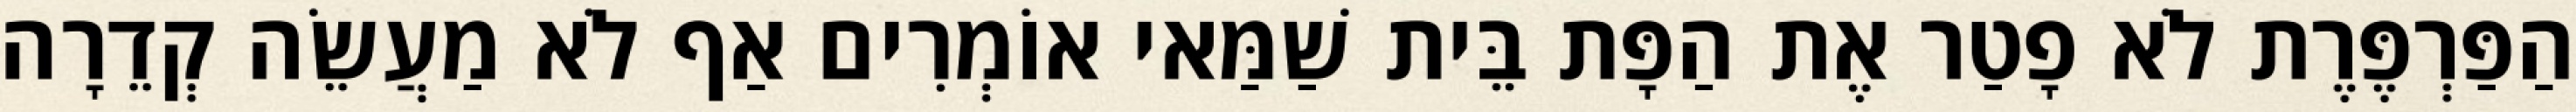
הַפַּרְפֶּרֶת לֹא פָטַר אֶת הַפָּת בֵּית שַׁמַּאי אוֹמְרִים אַף לֹא מַעֲשֵׂה קְדֵרָה